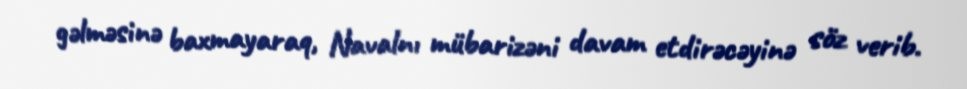
gəlməsinə baxmayaraq, Navalnı mübarizəni davam etdirəcəyinə söz verib.